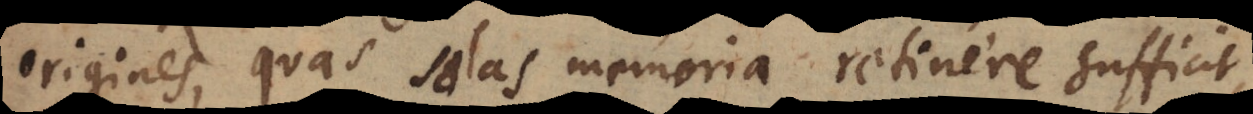
origines, quas solas memoria retinere sufficit